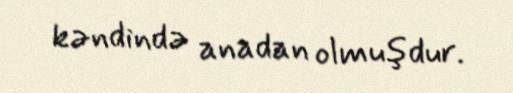
kəndində anadan olmuşdur.